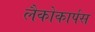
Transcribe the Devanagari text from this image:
लैकोकार्पस